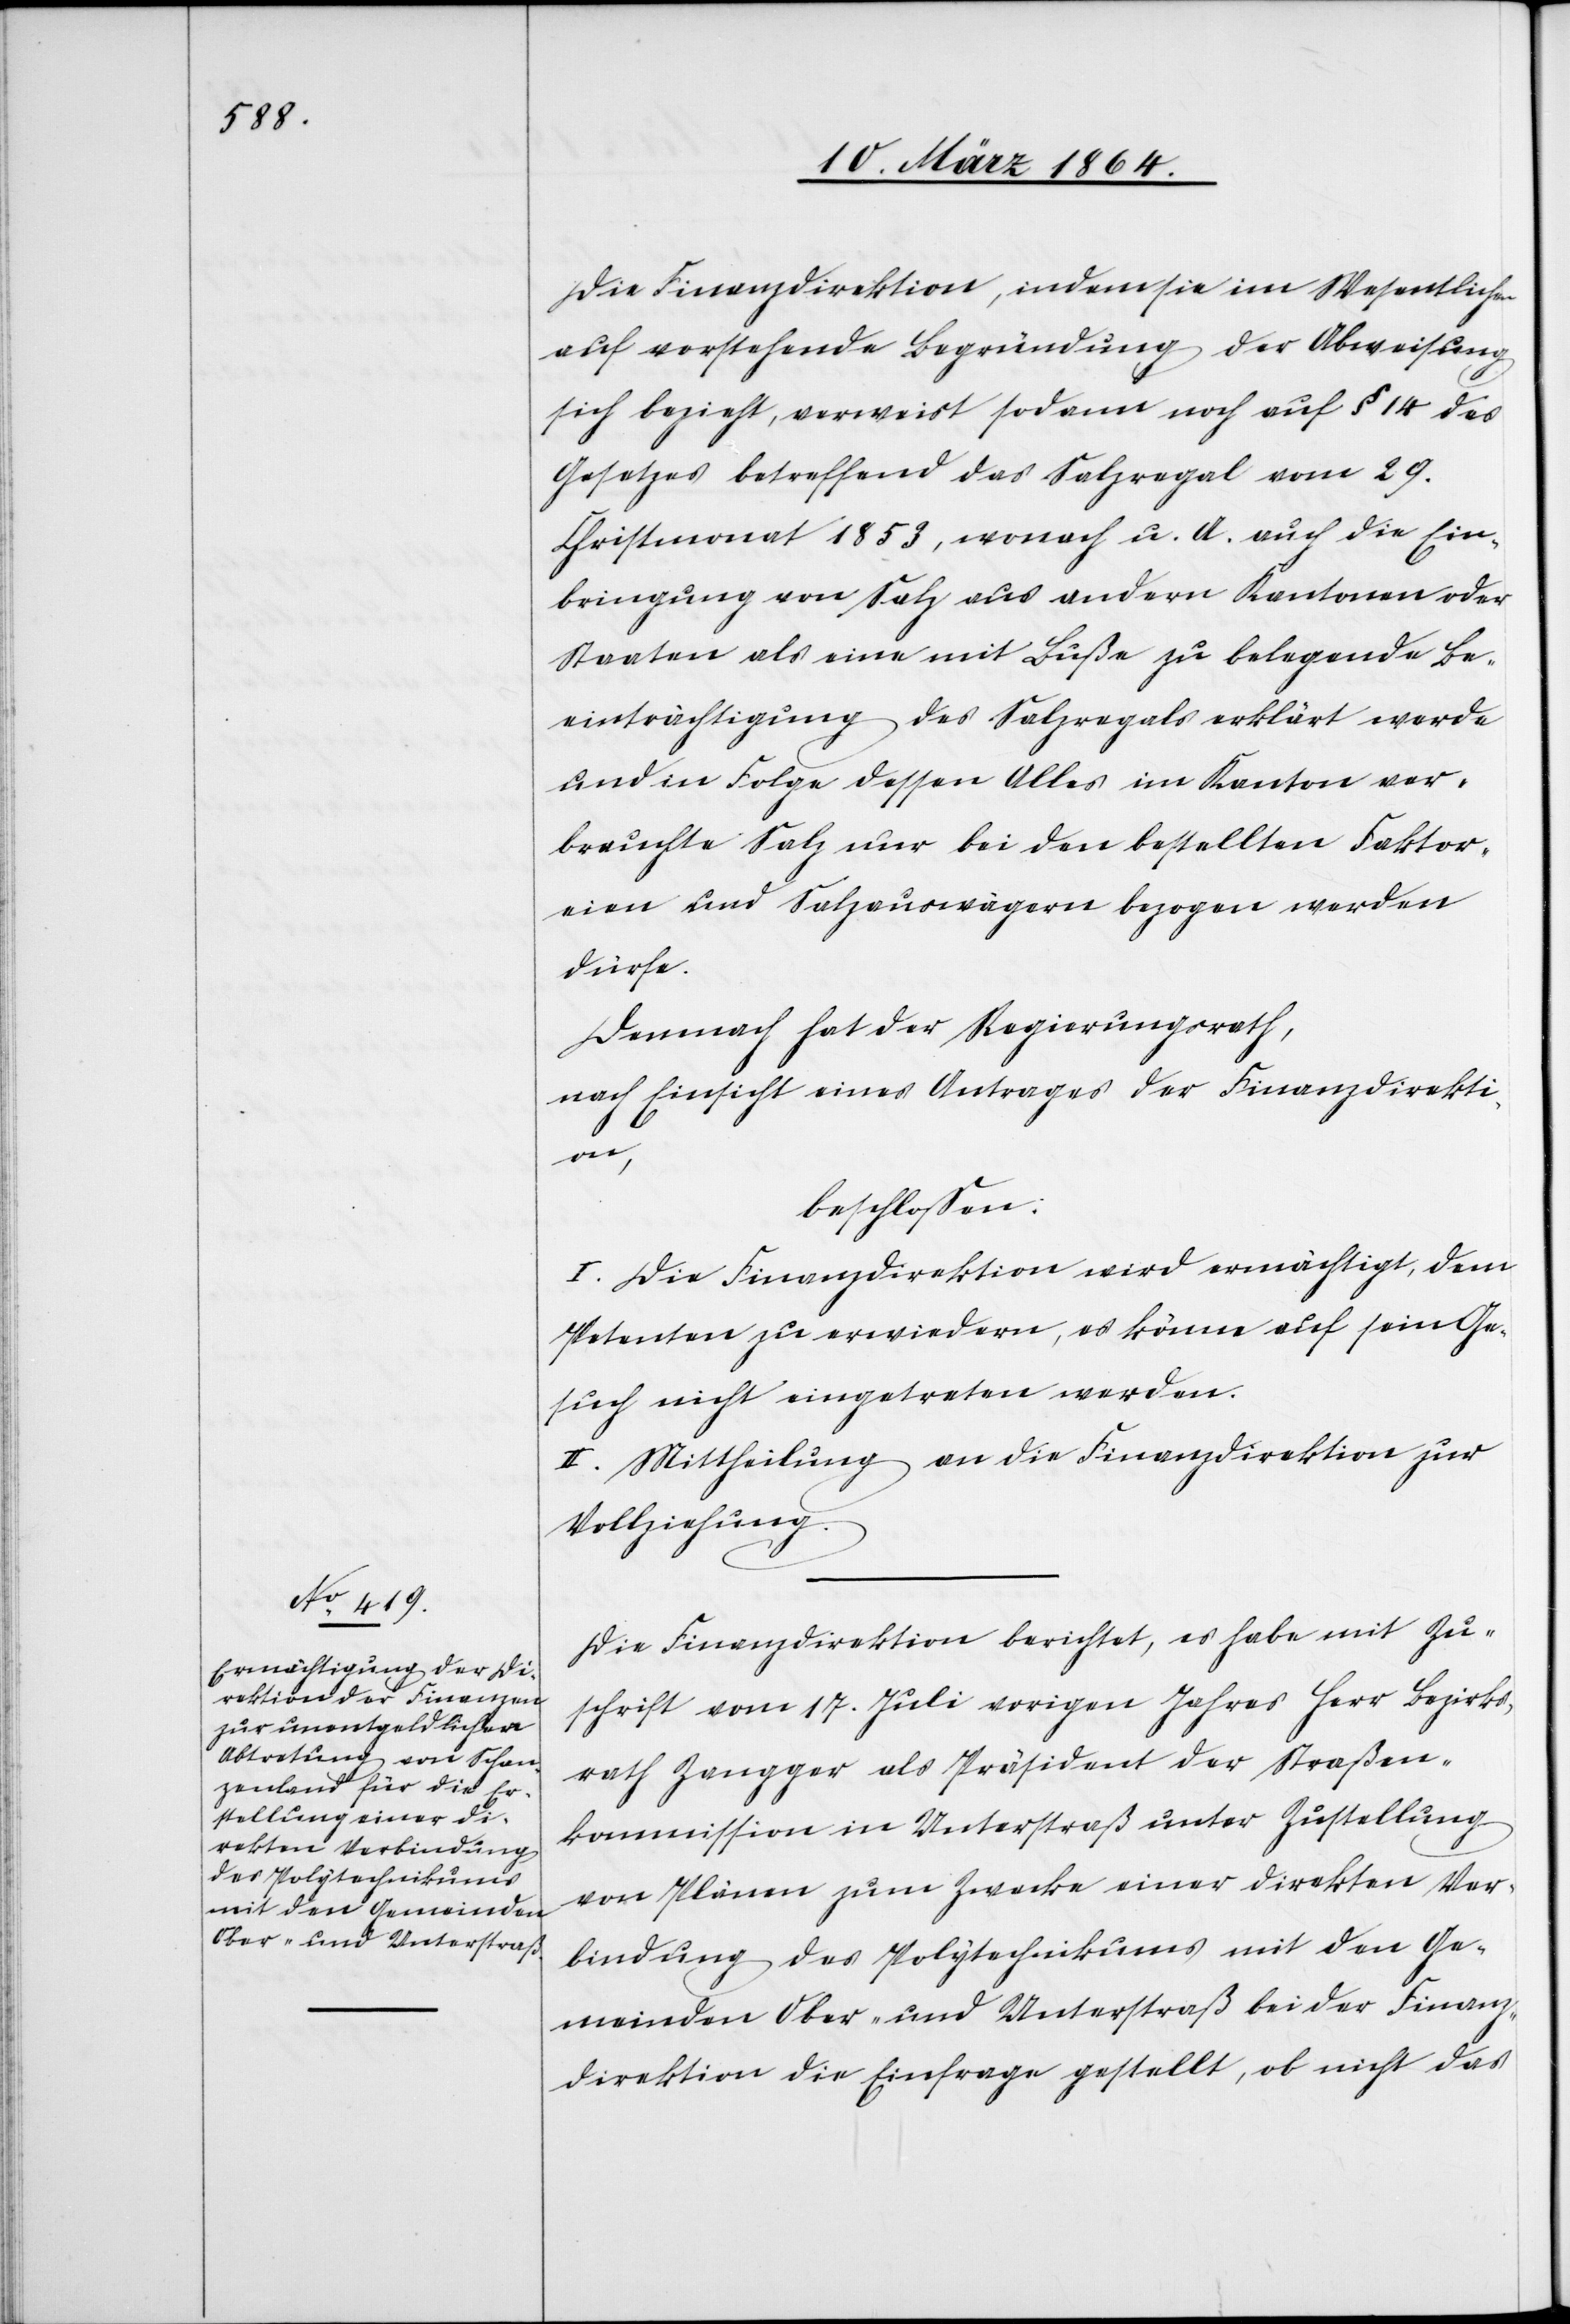
Die Finanzdirektion, indem sie im Wesentlichen
auf vorstehende Begründung der Abweisung
sich bezieht, verweist sodann noch auf § 14 des
Gesetzes betreffend das Salzregal vom 29.
Christmonat 1853, wonach u. A. auch die Ein¬
bringung von Salz aus andern Kantonen oder
Staaten als eine mit Buße zu belegende Be¬
einträchtigung des Salzregals erklärt werde
und in Folge dessen Alles im Kanton ver¬
brauchte Salz nur bei den bestellten Faktor¬
eien und Salzauswägern bezogen werden
dürfe.
Demnach hat der Regierungsrath,
nach Einsicht eines Antrages der Finanzdirekti¬
on,
beschlossen:
I. Die Finanzdirektion wird ermächtigt, dem
Petenten zu erwiedern, es könne auf sein Ge¬
such nicht eingetreten werden.
II. Mittheilung an die Finanzdirektion zur
Vollziehung.
Die Finanzdirektion berichtet, es habe mit Zu¬
schrift vom 17. Juli vorigen Jahres Herr Bezirks¬
rath Zangger als Präsident der Straßen¬
kommission in Unterstraß unter Zustellung
von Plänen zum Zwecke einer direkten Ver¬
bindung des Polytechnikums mit den Ge¬
meinden Ober- und Unterstraß bei der Finanz¬
direktion die Einfrage gestellt, ob nicht das